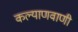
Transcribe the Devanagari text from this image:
कल्याणवाणी